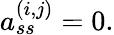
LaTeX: a_{ss}^{(i,j)}=0.